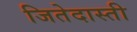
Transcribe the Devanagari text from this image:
जितेदास्ती